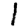
Digit: 1